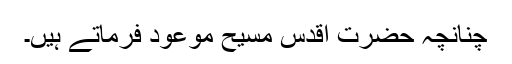
چنانچہ حضرت اقدس مسیح موعودؑ فرماتے ہیں۔